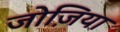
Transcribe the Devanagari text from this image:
जोज़िया